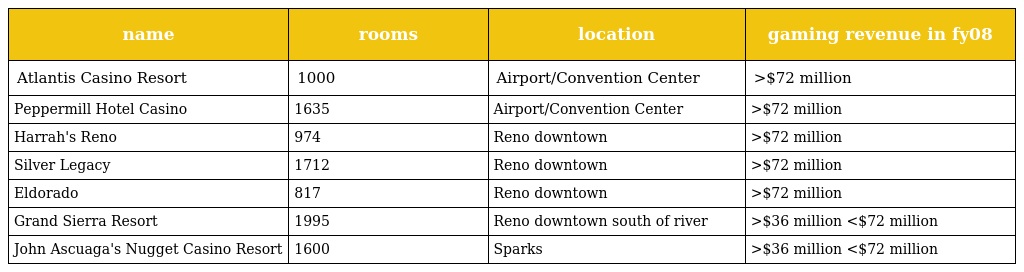
| name | rooms | location | gaming revenue in fy08 |
 | --- | --- | --- | --- |
 | Atlantis Casino Resort | 1000 | Airport/Convention Center | >$72 million |
 | Peppermill Hotel Casino | 1635 | Airport/Convention Center | >$72 million |
 | Harrah's Reno | 974 | Reno downtown | >$72 million |
 | Silver Legacy | 1712 | Reno downtown | >$72 million |
 | Eldorado | 817 | Reno downtown | >$72 million |
 | Grand Sierra Resort | 1995 | Reno downtown south of river | >$36 million <$72 million |
 | John Ascuaga's Nugget Casino Resort | 1600 | Sparks | >$36 million <$72 million |